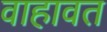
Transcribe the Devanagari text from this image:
वाहावत